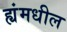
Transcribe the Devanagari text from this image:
ह्यंमधील